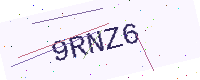
Text: 9RNZ6